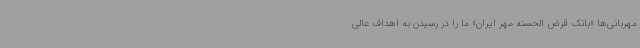
مهربانی‌ها «بانک قرض الحسنه مهر ایران» ما را در رسیدن به اهداف عالی